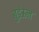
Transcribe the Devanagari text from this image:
बुडंऊन